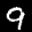
Label: 9